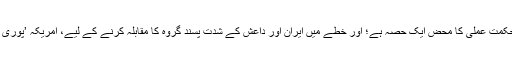
اُنھوں نے کہا کہ یہ امریکی حکمت عملی کا محض ایک حصہ ہے؛ اور خطے میں ایران اور داعش کے شدت پسند گروہ کا مقابلہ کرنے کے لیے، امریکہ ’پوری رفتار سے‘ آگے بڑھ رہا ہے۔